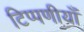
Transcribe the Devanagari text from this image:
टिप्पणीयाँ